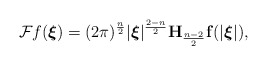
\begin{align*}\mathcal F_{{}}f(\boldsymbol\xi)=(2\pi)^\frac n2|\boldsymbol\xi|^\frac{2-n}2\mathbf H_{\frac{n-2}2}\mathbf f(|\boldsymbol\xi|),\end{align*}